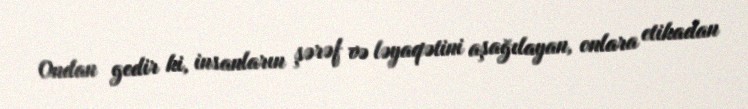
Ondan gedir ki, insanların şərəf və ləyaqətini aşağılayan, onlara etikadan